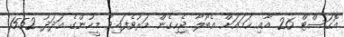
އޮގަސްޓް 26 އާއި ހަމައަށް އެބޯލާ ޖެހިގެން މަރުވެފައިވާ މީހުންގެ އަދަދު 1552